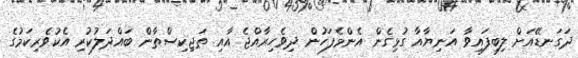
ދަގަނޑޭއަށް ލިބިފައިވާ އަނިޔާއާ ގުޅިގެން އެންމެފަހުން ދިވެހިރާއްޖެ އާއި ތަޖިކިސްތާން ބައްދަލުކުރި އެކުވެރިކަމުގެ